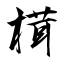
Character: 榵